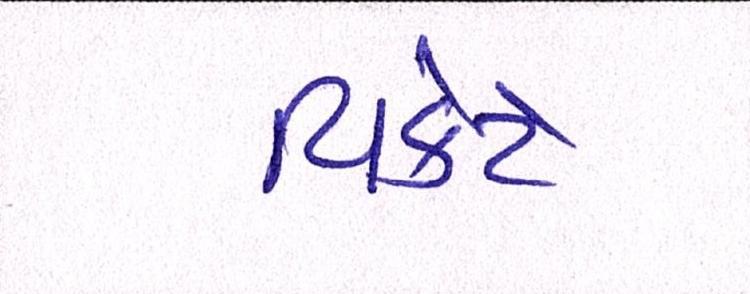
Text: વિકેટે